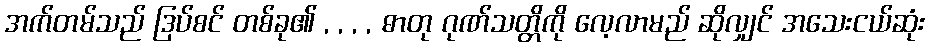
အက်တမ်သည် ဒြပ်စင် တစ်ခု၏ , , , , ဓာတု ဂုဏ်သတ္တိကို လေ့လာမည် ဆိုလျှင် အသေးငယ်ဆုံး